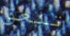
تلعق